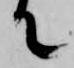
て